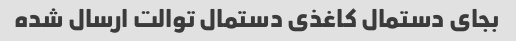
بجای دستمال کاغذی دستمال توالت ارسال شده